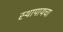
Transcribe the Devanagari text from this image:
स्थापायचा